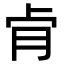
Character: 肻